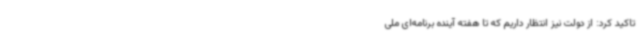
تاکید کرد: از دولت نیز انتظار داریم که تا هفته آینده برنامه‌ای ملی